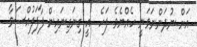
އަށް ނުދަންނަވަނީ ހެއްޔެވެ ފަހެ  އީ ގިނަގިނައިން ފާފަފުއްސަވާ